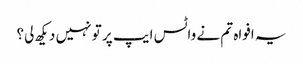
یہ افواہ تم نے واٹس ایپ پر تو نہیں دیکھ لی؟